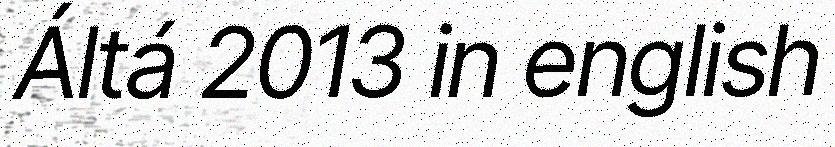
Áltá 2013 in english